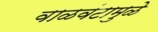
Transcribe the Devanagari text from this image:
वाळवंटामुळे